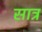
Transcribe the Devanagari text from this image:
सात्र